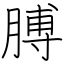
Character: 膊